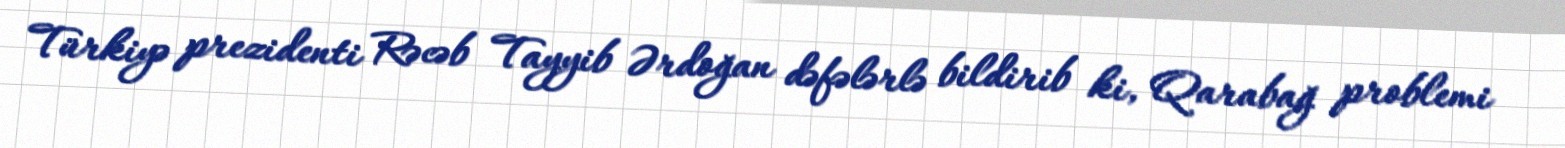
Türkiyə prezidenti Rəcəb Tayyib Ərdoğan dəfələrlə bildirib ki, Qarabağ problemi